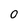
Character: O